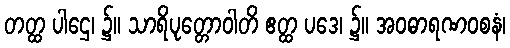
တတ္ထ ပါဌေ၊ ၌။ သာရိပုတ္တောဝါတိ ဧတ္ထ ပဒေ၊ ၌။ အဝဓာရဏဝစနံ၊